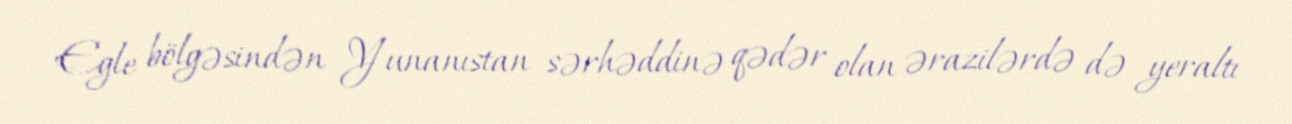
Egle bölgəsindən Yunanıstan sərhəddinə qədər olan ərazilərdə də yeraltı